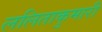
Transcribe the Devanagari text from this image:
ललिताकुमारी